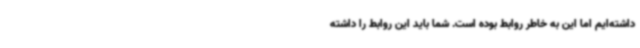
داشته‌ایم اما این به خاطر روابط بوده است. شما باید این روابط را داشته